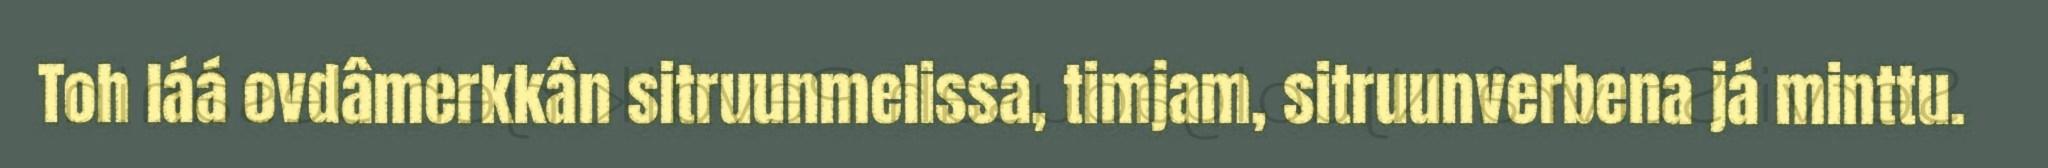
Toh láá ovdâmerkkân sitruunmelissa, timjam, sitruunverbena já minttu.